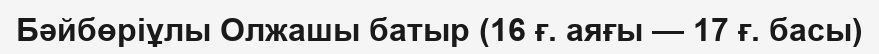
Бәйбөріұлы Олжашы батыр (16 ғ. аяғы — 17 ғ. басы)